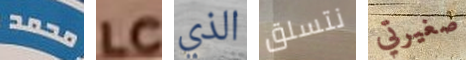
محمد LC الذي نتسلق صغيرتي